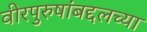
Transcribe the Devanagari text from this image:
वीरपुरुषांबद्दलच्या